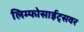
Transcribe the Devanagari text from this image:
लिम्फोसाईट्सवर